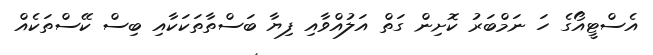
އެސްޓީއޯގެ ހަ ނަމްބަރު ކޮށިން ގަތް އަލުއްވާއި ފިޔާ ބަސްތާތަކަކާއި ބިސް ކޭސްތަކެއް